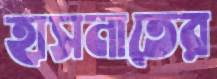
হাসনাতের